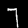
Label: 7